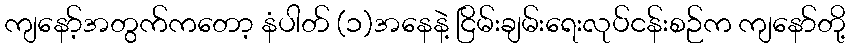
ကျနော့်အတွက်ကတော့ နံပါတ် (၁)အနေနဲ့ ငြိမ်းချမ်းရေးလုပ်ငန်းစဉ်က ကျနော်တို့